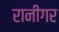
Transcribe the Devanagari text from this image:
रानीगर